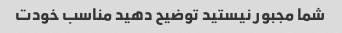
شما مجبور نیستید توضیح دهید مناسب خودت